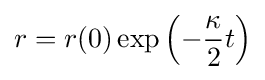
r=r(0)\exp \left(-{\frac {\kappa }{2}}t\right)